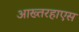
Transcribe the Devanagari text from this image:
आख्तरहाएस